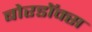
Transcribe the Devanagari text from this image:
बोरडॉक्स